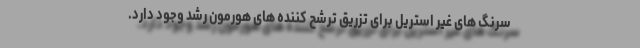
سرنگ های غیر استریل برای تزریق ترشح کننده های هورمون رشد وجود دارد.